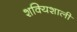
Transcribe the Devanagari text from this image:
शक्यिशाली